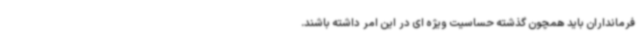
فرمانداران باید همچون گذشته حساسیت ویژه ای در این امر داشته باشند.